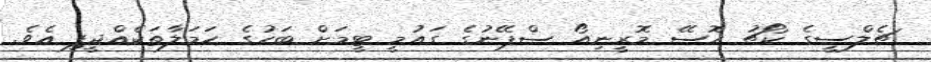
ޗެލްސީގެ ކޯޗު ހޮސޭ މޮރީނިއޯ ސްޕޭނުގެ ގައުމީ ޓީމަށް ބަހުގެ ހަމަލާތަކެއްދީފި އެވެ.